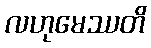
လဟုမေဿတိ